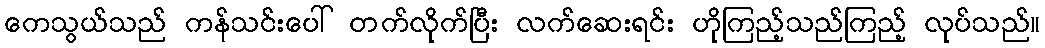
ကေသွယ်သည် ကန်သင်းပေါ် တက်လိုက်ပြီး လက်ဆေးရင်း ဟိုကြည့်သည်ကြည့် လုပ်သည်။